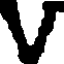
V